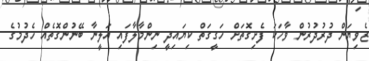
ޒެވިޔަން ދުރުދުރުން ވާހަކަ ފެށިގޮތަށް ހަގީގަތް ކިޔައިދީ ނިންމާލާފައި އަލީނާ ބޭނުންގޮތެއް ހެދުމުގެ